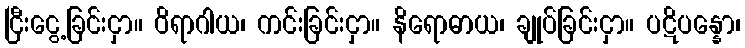
ငြီးငွေ့ခြင်းငှာ။ ဝိရာဂါယ၊ ကင်းခြင်းငှာ။ နိရောဓာယ၊ ချုပ်ခြင်းငှာ။ ပဋိပန္နော၊